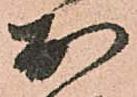
於